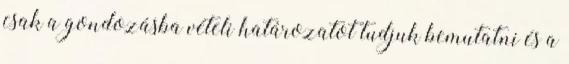
csak a gondozásba vételi határozatot tudjuk bemutatni és a